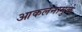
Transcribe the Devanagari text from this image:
आकलनामुळे